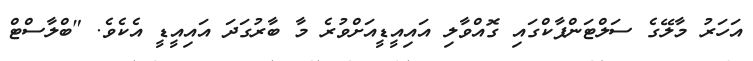
އަހަރު މާލޭގެ ސަލްޓަންޕާކްގައި ގޮއްވާލި އައިއީޑީއަށްވުރެ މާ ބާރުގަދަ އައިއީޑީ އެކެވެ. "ބްލާސްޓް